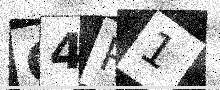
Text: C4P1